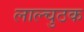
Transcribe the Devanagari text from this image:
लाल्चुठक